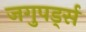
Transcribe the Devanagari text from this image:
जगुपर्ड्स